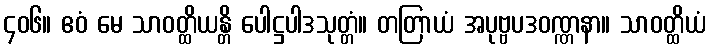
၄၀၆။ ဧဝံ မေ သာဝတ္ထိယန္တိ ပေါဋ္ဌပါဒသုတ္တံ။ တတြာယံ အပုဗ္ဗပဒဝဏ္ဏနာ။ သာဝတ္ထိယံ